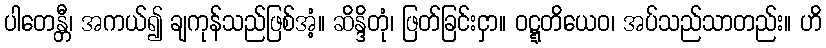
ပါတေန္တီ၊ အကယ်၍ ချကုန်သည်ဖြစ်အံ့။ ဆိန္ဒိတုံ၊ ဖြတ်ခြင်းငှာ။ ဝဋ္ဋတိယေဝ၊ အပ်သည်သာတည်း။ ဟိ